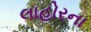
લાહોરના